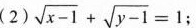
(2)$$\sqrt { x - 1 } + \sqrt { y - 1 } = 1$$；